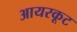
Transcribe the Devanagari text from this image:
आयरकूट